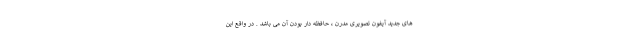
های جدید آیفون تصویری مدرن ، حافظه دار بودن آن می باشد . در واقع این